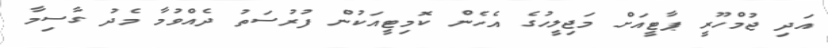
އަދި ޖުމްހޫރީ ޕާޓީއަށް މަޖިލީހުގެ އެހެން ކޮމިޓީއަކުން ފުރުސަތު ދެއްވުމާ މެދު ގާސިމާ